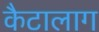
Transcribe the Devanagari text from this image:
कैटालाग